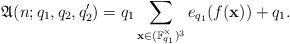
\begin{align*}\mathfrak{A}(n;q_1,q_2,q_2')=q_1\sum_{\mathbf{x}\in (\mathbb{F}_{q_1}^\times)^3}e_{q_1}(f(\mathbf{x}))+q_1.\end{align*}